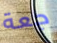
جعة